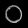
Digit: ၀